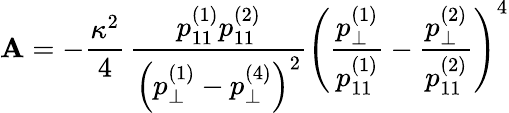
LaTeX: \mathbf{A}=-\frac{{\kappa^{2}}}{{4}}\, \frac{{p_{11}^{(1)}p_{11}^{(2)}}}{{\left(p_{\perp}^{(1)}-p_{\perp}^{(4)}\right)^{2}}}\left(\frac{{p_{\perp}^{(1)}}}{{p_{11}^{(1)}}}-\frac{{p_{\perp}^{(2)}}}{{p_{11}^{(2)}}}\right)^{4}